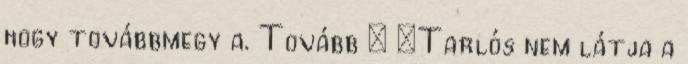
hogy továbbmegy a. Tovább › ›Tarlós nem látja a